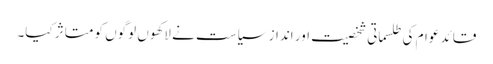
قائد عوام کی طلسماتی شخصیت اور انداز سیاست نے لاکھوں لوگوں کو متاثر کیا۔